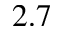
2 . 7